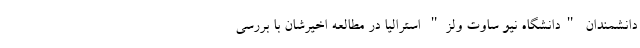
دانشمندان "دانشگاه نیو ساوت ولز" استرالیا در مطالعه اخیرشان با بررسی